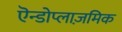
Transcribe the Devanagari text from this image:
एॆन्डोप्लाज़मिक